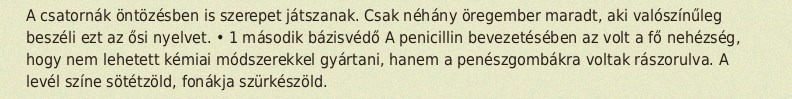
A csatornák öntözésben is szerepet játszanak. Csak néhány öregember maradt, aki valószínűleg beszéli ezt az ősi nyelvet. • 1 második bázisvédő A penicillin bevezetésében az volt a fő nehézség, hogy nem lehetett kémiai módszerekkel gyártani, hanem a penészgombákra voltak rászorulva. A levél színe sötétzöld, fonákja szürkészöld.